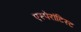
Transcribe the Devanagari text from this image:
एस्पेरांटिस्ट